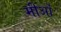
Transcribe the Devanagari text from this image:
मीओं